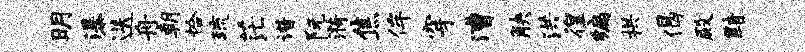
明瀑迭舟朝恰琉茫谱阮漪焦侔穿漕觖洪徨编拱偈殿黯